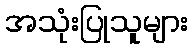
အသုံးပြုသူများ